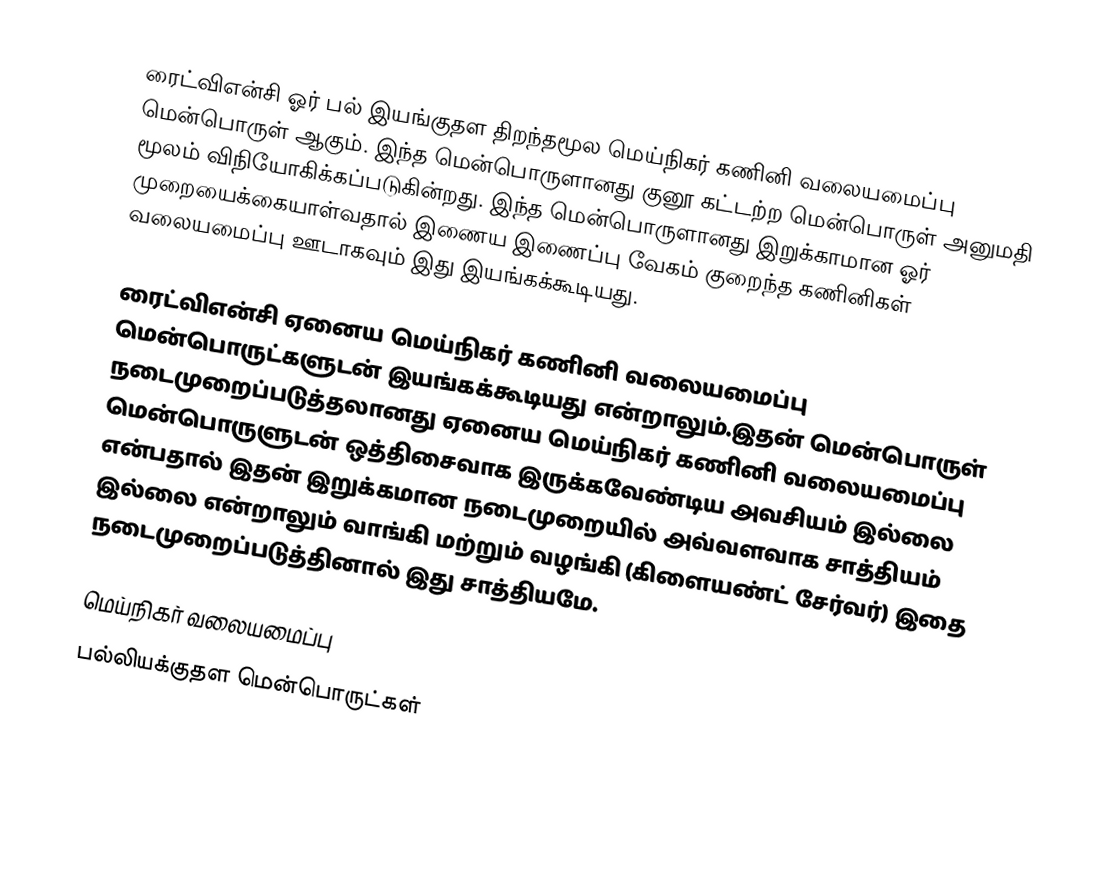
ரைட்விஎன்சி ஓர் பல் இயங்குதள திறந்தமூல மெய்நிகர் கணினி வலையமைப்பு மென்பொருள் ஆகும். இந்த மென்பொருளானது குனூ கட்டற்ற மென்பொருள் அனுமதி மூலம் விநியோகிக்கப்படுகின்றது. இந்த மென்பொருளானது இறுக்காமான ஓர் முறையைக்கையாள்வதால் இணைய இணைப்பு வேகம் குறைந்த கணினிகள் வலையமைப்பு ஊடாகவும் இது இயங்கக்கூடியது.

ரைட்விஎன்சி ஏனைய மெய்நிகர் கணினி வலையமைப்பு மென்பொருட்களுடன் இயங்கக்கூடியது என்றாலும்.இதன் மென்பொருள் நடைமுறைப்படுத்தலானது ஏனைய மெய்நிகர் கணினி வலையமைப்பு மென்பொருளுடன் ஒத்திசைவாக இருக்கவேண்டிய அவசியம் இல்லை என்பதால் இதன் இறுக்கமான நடைமுறையில் அவ்வளவாக சாத்தியம் இல்லை என்றாலும் வாங்கி மற்றும் வழங்கி (கிளையண்ட்  சேர்வர்) இதை நடைமுறைப்படுத்தினால் இது சாத்தியமே.

மெய்நிகர் வலையமைப்பு
பல்லியக்குதள மென்பொருட்கள்